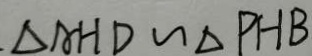
\Delta A H D \sim \Delta P H B